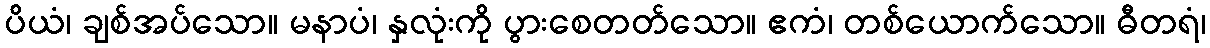
ပိယံ၊ ချစ်အပ်သော။ မနာပံ၊ နှလုံးကို ပွားစေတတ်သော။ ဧကံ၊ တစ်ယောက်သော။ ဓီတရံ၊